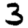
Digit: 3